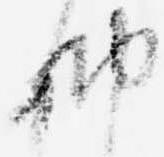
納